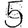
Digit: 5